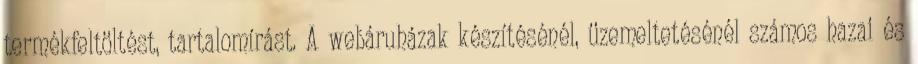
termékfeltöltést, tartalomírást. A webáruházak készítésénél, üzemeltetésénél számos hazai és